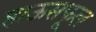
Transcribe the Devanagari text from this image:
हाऊसफूल